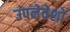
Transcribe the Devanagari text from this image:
उपनेवेशों